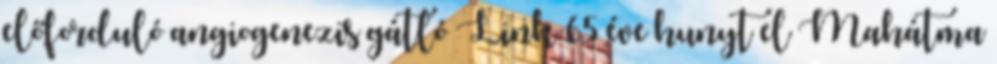
előforduló angiogenezis gátló Link 65 éve hunyt el Mahátma